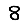
Digit: 8